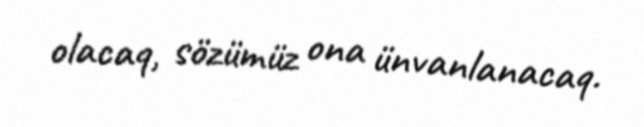
olacaq, sözümüz ona ünvanlanacaq.